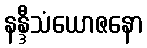
နန္ဒီသံယောဇနော